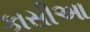
કાસીઆ